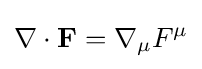
\nabla \cdot \mathbf {F} =\nabla _{\mu }F^{\mu }